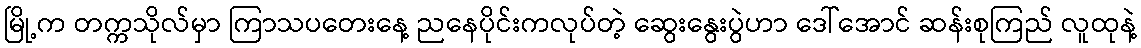
မြို့က တက္ကသိုလ်မှာ ကြာသပတေးနေ့ ညနေပိုင်းကလုပ်တဲ့ ဆွေးနွေးပွဲဟာ ဒေါ်အောင် ဆန်းစုကြည် လူထုနဲ့